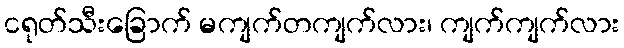
ငရုတ်သီးခြောက် မကျက်တကျက်လား၊ ကျက်ကျက်လား